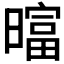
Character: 𬁗